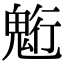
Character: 䰢